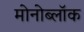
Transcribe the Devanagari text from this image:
मोनोब्लॉक